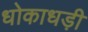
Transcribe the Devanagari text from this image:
धोकाधड़ी